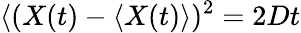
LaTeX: \langle(X(t)-\langle X(t)\rangle)^{2}=2Dt